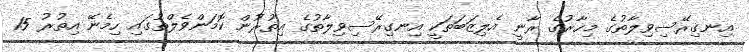
އިނގިރޭސިވިލާތުގެ މިހާރުގެ ރާނީ އެލިޒަބަތަކީ އިނގިރޭސިވިލާތުގެ އިތުރުން ކޮމަންވެލްތުގައި ހިމެނޭ އިތުރު 15